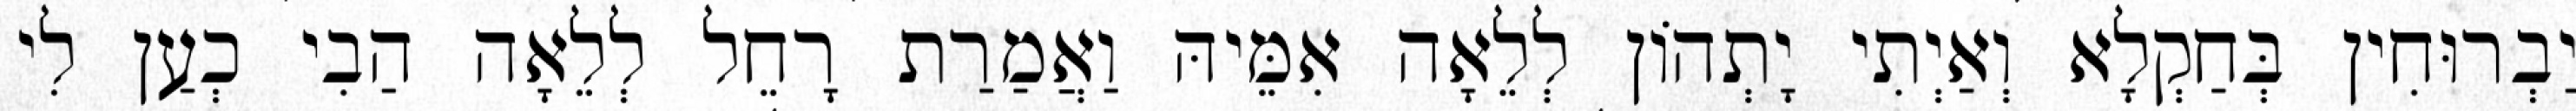
יַבְרוּחִין בְּחַקְלָא וְאַיְתִי יָתְהוֹן לְלֵאָה אִמֵּיהּ וַאֲמַרַת רָחֵל לְלֵאָה הַבִי כְעַן לִי